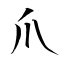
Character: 爪